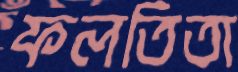
ফলতিতা